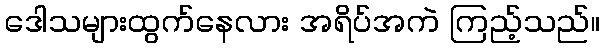
ဒေါသများထွက်နေလား အရိပ်အကဲ ကြည့်သည်။